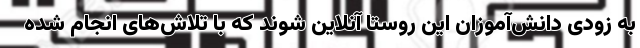
به زودی دانش‌آموزان این روستا آنلاین شوند که با تلاش‌های انجام شده